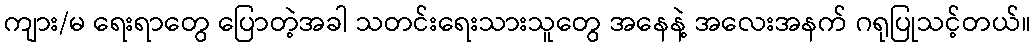
ကျား/မ ရေးရာတွေ ပြောတဲ့အခါ သတင်းရေးသားသူတွေ အနေနဲ့ အလေးအနက် ဂရုပြုသင့်တယ်။